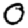
Digit: 0